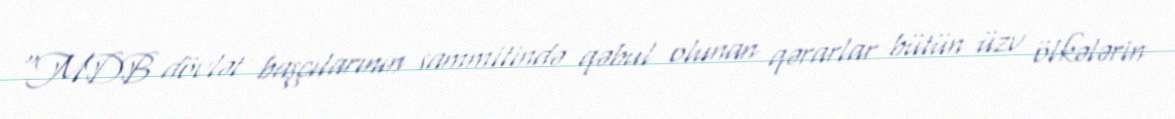
“MDB dövlət başçılarının sammitində qəbul olunan qərarlar bütün üzv ölkələrin